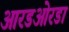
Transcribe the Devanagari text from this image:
आरडओरडा